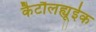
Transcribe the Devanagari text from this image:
कैटौलह्यूईक